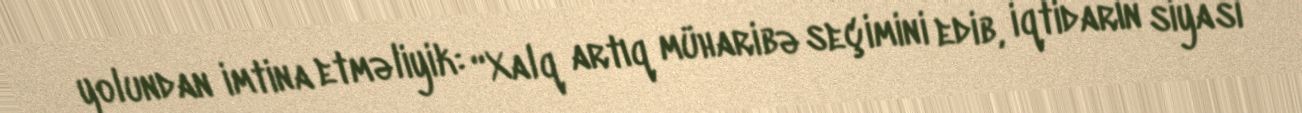
yolundan imtina etməliyik: “Xalq artıq müharibə seçimini edib, iqtidarın siyasi